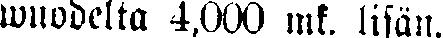
wuodelta 4,000 mk. lisän.